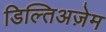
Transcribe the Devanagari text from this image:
डिल्तिअज़ेम